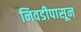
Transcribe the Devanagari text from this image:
निवडीपासून